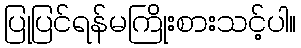
ပြုပြင်ရန်မကြိုးစားသင့်ပါ။